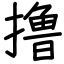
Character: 撸